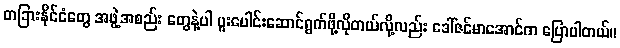
တခြားနိုင်ငံတွေ အဖွဲ့အစည်း တွေနဲ့ပါ ပူးပေါင်းဆောင်ရွက်ဖို့လိုတယ်လို့လည်း ဒေါ်ဇင်မာအောင်က ပြောပါတယ်။